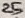
Text: 25